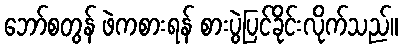
ဘော်စတွန် ဖဲကစားရန် စားပွဲပြင်ခိုင်းလိုက်သည်။